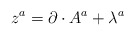
\begin{align*}{z}^{a}=\partial\cdot A^{a}+\lambda^{a}\end{align*}